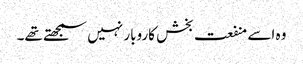
وہ اسے منفعت بخش کاروبار نہیں سمجھتے تھے۔